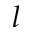
l